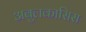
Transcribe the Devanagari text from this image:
अबुलकासिस